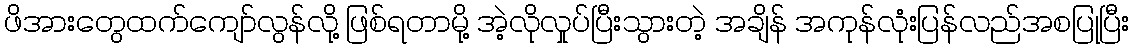
ဖိအားတွေထက်ကျော်လွန်လို့ ဖြစ်ရတာမို့ အဲ့လိုလှုပ်ပြီးသွားတဲ့ အချိန် အကုန်လုံးပြန်လည်အစပြုပြီး